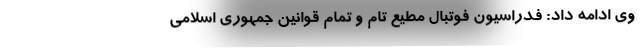
وی ادامه داد: فدراسیون فوتبال مطیع تام و تمام قوانین جمهوری اسلامی